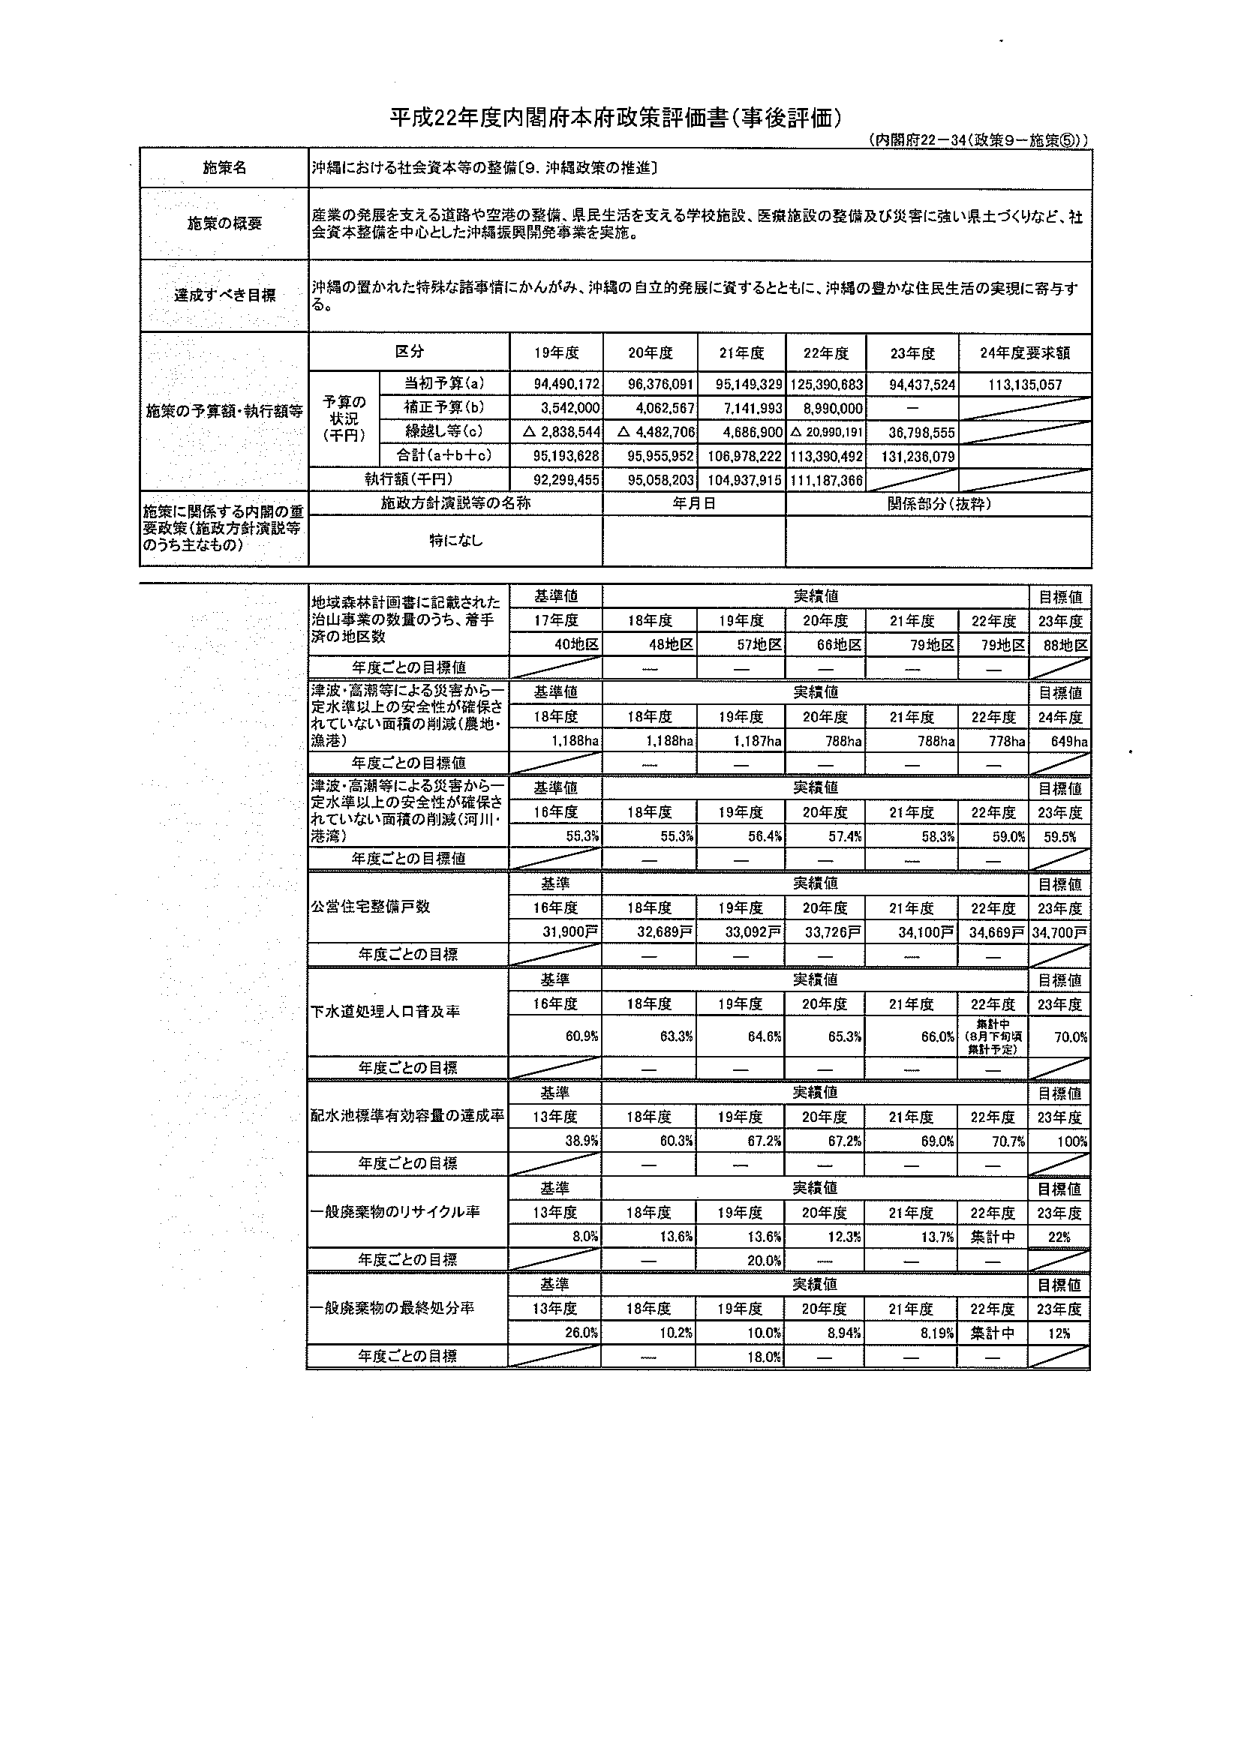
平成22年度内閣府本府政策評価書（事後評価）
（内閣府22－34（政策9－施策⑤））

施策名
沖縄における社会資本等の整備［9．沖縄政策の推進］

施策の概要
産業の発展を支える道路や空港の整備、県民生活を支える学校施設、医療施設の整備及び災害に強い県土づくりなど、社会資本整備を中心とした沖縄振興開発事業を実施。

達成すべき目標
沖縄の置かれた特殊な諸事情にかんがみ、沖縄の自立的発展に資するとともに、沖縄の豊かな住民生活の実現に寄与する。

施策の予算額・執行額等
区分
19年度
20年度
21年度
22年度
23年度
24年度要求額

予算の状況（千円）
当初予算（a）
94,490,172
96,376,091
95,149,329
125,390,683
94,437,524
113,135,057

補正予算（b）
3,542,000
4,062,567
7,141,993
8,990,000
—

繰越し等（c）
△ 2,838,544
△ 4,482,706
4,686,900
△ 20,990,191
36,798,555

合計（a＋b＋c）
95,193,628
95,955,952
106,978,222
113,390,492
131,236,079

執行額（千円）
92,299,455
95,058,203
104,837,915
111,187,366

施策に関係する内閣の重要政策（施政方針演説等のうち主なもの）
施政方針演説等の名称
年月日
関係部分（抜粋）
特になし

地場森林計画書に記載された治山事業の数量のうち、着手済の地区数
基準値
実績値
目標値
17年度
18年度
19年度
20年度
21年度
22年度
23年度
40地区
48地区
57地区
66地区
79地区
79地区
86地区
年度ごとの目標値
—

津波・高潮等による災害から一定水準以上の安全性が確保されていない面積の削減（農地・漁港）
基準値
実績値
目標値
18年度
18年度
19年度
20年度
21年度
22年度
24年度
1,188ha
1,188ha
1,187ha
788ha
788ha
778ha
649ha
年度ごとの目標値
—

津波・高潮等による災害から一定水準以上の安全性が確保されていない面積の削減（河川・港湾）
基準値
実績値
目標値
16年度
18年度
19年度
20年度
21年度
22年度
23年度
55.3%
55.3%
56.4%
57.4%
58.3%
59.0%
59.5%
年度ごとの目標値
—

公営住宅整備戸数
基準
実績値
目標値
16年度
18年度
19年度
20年度
21年度
22年度
23年度
31,900戸
32,689戸
33,092戸
33,726戸
34,100戸
34,669戸
34,700戸
年度ごとの目標
—

下水道処理人口普及率
基準
実績値
目標値
16年度
18年度
19年度
20年度
21年度
22年度
23年度
60.9%
63.3%
64.6%
65.3%
66.0%
累計中（3月下旬累計予定）
70.0%
年度ごとの目標
—

配水池標準有効容量の達成率
基準
実績値
目標値
13年度
18年度
19年度
20年度
21年度
22年度
23年度
38.9%
60.3%
67.2%
67.2%
69.0%
70.7%
100%
年度ごとの目標
—

一般廃棄物のリサイクル率
基準
実績値
目標値
13年度
18年度
19年度
20年度
21年度
22年度
23年度
8.0%
13.6%
13.6%
12.3%
13.7%
集計中
22%
年度ごとの目標
20.0%

一般廃棄物の最終処分率
基準
実績値
目標値
13年度
18年度
19年度
20年度
21年度
22年度
23年度
26.0%
10.2%
10.0%
8.94%
8.19%
集計中
12%
年度ごとの目標
18.0%